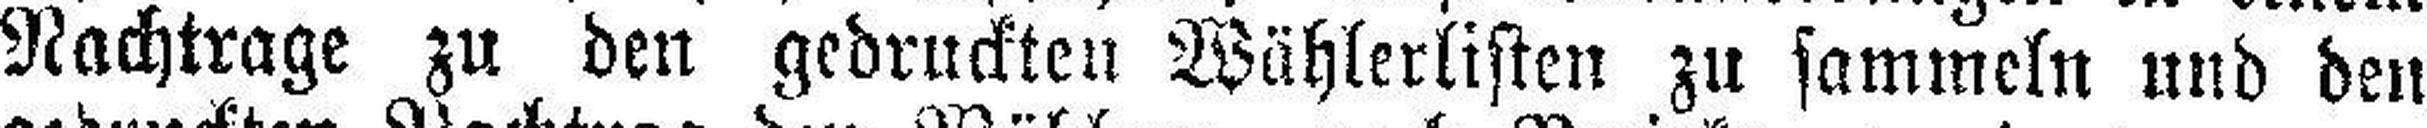
Nachtrage zu den gedruckten Wählerlisten zu sammeln und den